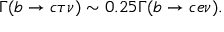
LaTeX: \Gamma ( b \rightarrow c \tau \nu ) \sim 0 . 2 5 \Gamma ( b \rightarrow c e \nu ) .